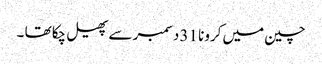
چین میں کرونا 31 دسمبر سے پھیل چکا تھا ۔